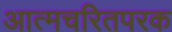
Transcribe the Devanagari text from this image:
आत्मचरितपरक